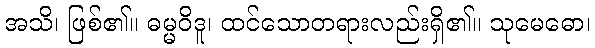
အသိ၊ ဖြစ်၏။ ဓမ္မဝိဒူ၊ ထင်သောတရားလည်းရှိ၏။ သုမေဓော၊